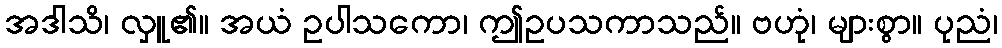
အဒါသိ၊ လှူ၏။ အယံ ဥပါသကော၊ ဤဥပသကာသည်။ ဗဟုံ၊ များစွာ။ ပုညံ၊